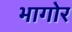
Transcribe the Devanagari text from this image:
भागोर